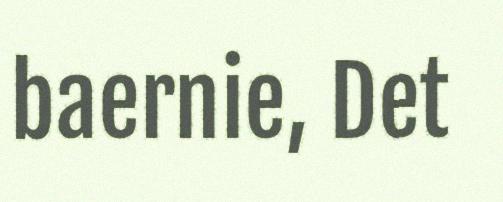
baernie, Det